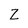
Character: Z